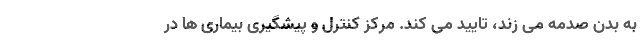
به بدن صدمه می زند، تایید می کند. مرکز کنترل و پیشگیری بیماری ها در